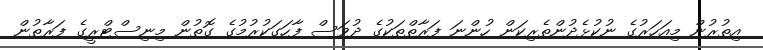
އިތުރުން މިއަހަރުގެ ނުކުޅެދުންތެރިކަން ހުންނަ ފަރާތްތަކުގެ ދުވަސް ފާހަގަކުރުމުގެ ގޮތުން މިނިސްޓްރީގެ ފަރާތުން